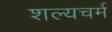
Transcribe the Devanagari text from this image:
शल्यचर्म